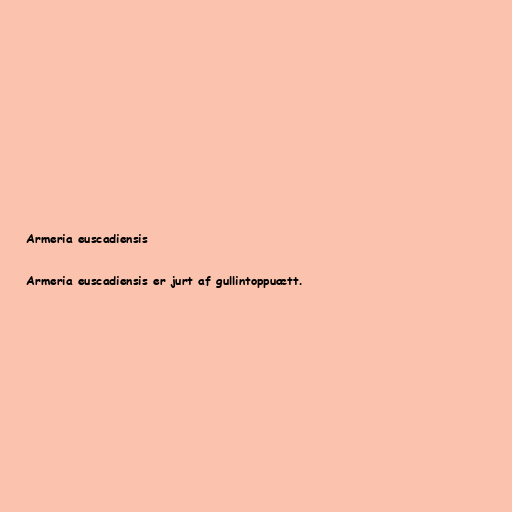
Armeria euscadiensis

Armeria euscadiensis er jurt af gullintoppuætt.